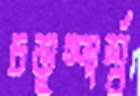
চতুষ্পার্শ্ব